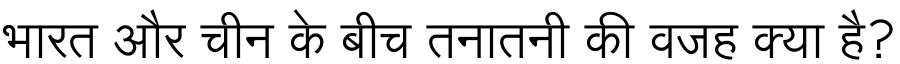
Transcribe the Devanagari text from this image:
भारत और चीन के बीच तनातनी की वजह क्या है?